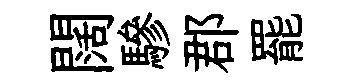
闊驂郡罷